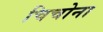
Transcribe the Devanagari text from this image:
चिचोना